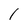
Character: 1